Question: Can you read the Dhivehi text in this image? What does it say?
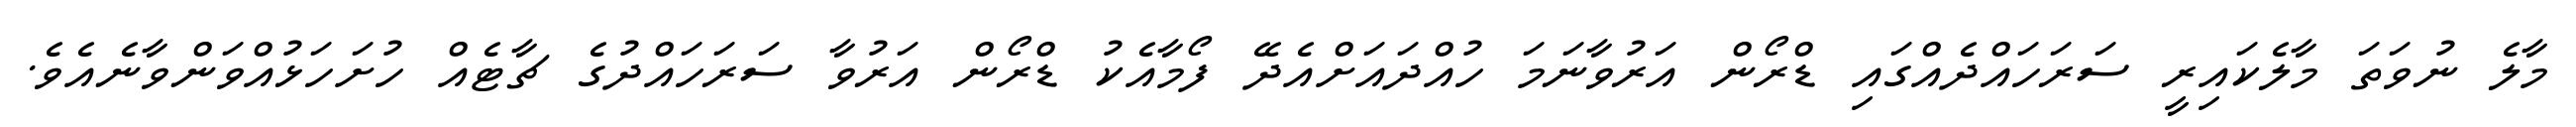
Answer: މާލެ ނުވަތަ މާލެކައިރީ ސަރަހައްދެއްގައި ޑްރޯން އަރުވާނަމަ ހުއްދައަށްއެދޭ ފޯމާއެކު ޑްރޯން އަރުވާ ސަރަހައްދުގެ ޗާޓެއް ހުށަހަޅުއްވަންވާނެއެވެ.